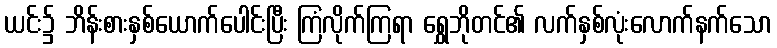
ယင်း၌ ဘိန်းစားနှစ်ယောက်ပေါင်းပြီး ကြံလိုက်ကြရာ ရွှေဘိုတင်၏ လက်နှစ်လုံးလောက်နက်သော